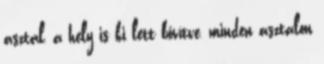
asztal, a hely is ki lett bővítve, minden asztalon